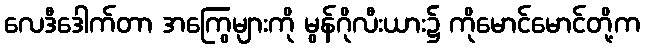
လေဒီဒေါက်တာ အကြွေများကို မွန်ဂိုလီးယား၌ ကိုမောင်မောင်တို့က